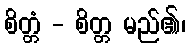
စိတ္တံ - စိတ္တ မည်၏၊